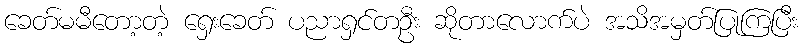
ခေတ်မမီတော့တဲ့ ရှေးခေတ် ပညာရှင်တဦး ဆိုတာလောက်ပဲ အသိအမှတ်ပြုကြပြီး